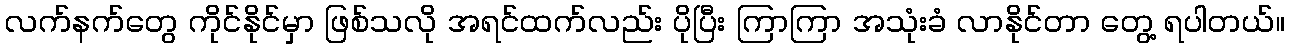
လက်နက်တွေ ကိုင်နိုင်မှာ ဖြစ်သလို အရင်ထက်လည်း ပိုပြီး ကြာကြာ အသုံးခံ လာနိုင်တာ တွေ့ ရပါတယ်။